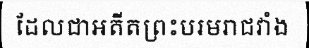
ដែលជាអតីតព្រះបរមរាជវាំង